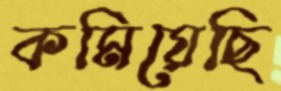
কমিয়েছি